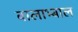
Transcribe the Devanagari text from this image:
बालाभ्बाल